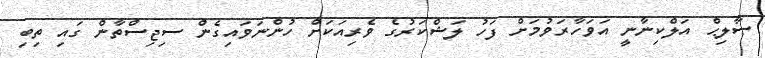
ޞާލިޙް އަލްކިނާނީ އަވަހާރަވުމަށް ފަހު ލަޝްކަރުގެ ވެރިއަކަށް ހުންނަވައިގެން ސިޖިސްތާން ގައި ތިބި